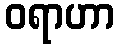
ဝရာဟာ